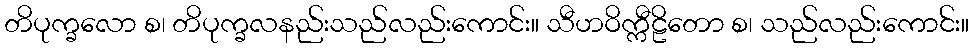
တိပုက္ခလော စ၊ တိပုက္ခလနည်းသည်လည်းကောင်း။ သီဟဝိက္ကီဠိတော စ၊ သည်လည်းကောင်း။